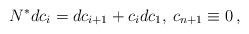
LaTeX: \begin{align*} N^* dc_i=dc_{i+1}+c_i dc_1,\> c_{n+1}\equiv 0\, ,\end{align*}